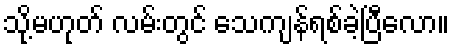
သို့မဟုတ် လမ်းတွင် သေကျန်ရစ်ခဲ့ပြီလော။